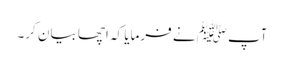
آپﷺ نے فرمایا کہ اچھا بیان کر۔